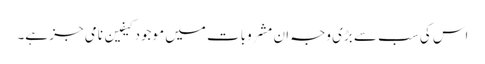
اس کی سب سے بڑی وجہ ان مشروبات میں موجود کیفین نامی جز ہے۔